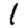
Digit: 1